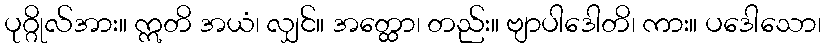
ပုဂ္ဂိုလ်အား။ ဣတိ အယံ၊ လျှင်။ အတ္ထော၊ တည်း။ ဗျာပါဒေါတိ၊ ကား။ ပဒေါသော၊